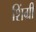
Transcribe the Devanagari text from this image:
शिंग्री